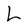
Character: L